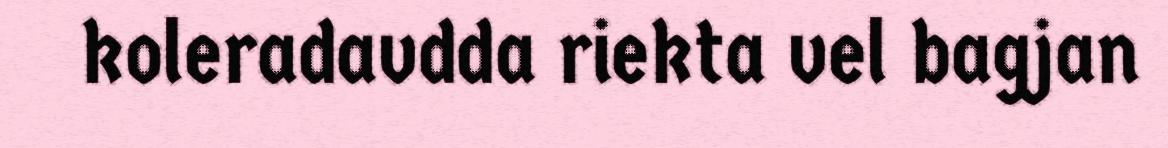
koleradavdda riekta vel bagjan